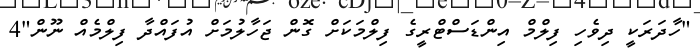
"ހާދަރަކީ ދިވެހި ފިލްމް އިންޑަސްޓްރީގެ ފިލްމަކަށް ގޮން ޖަހާލުމަށް އުފައްދާ ފިލްމެއް ނޫން"4